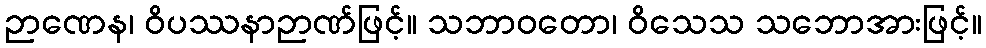
ဉာဏေန၊ ဝိပဿနာဉာဏ်ဖြင့်။ သဘာဝတော၊ ဝိသေသ သဘောအားဖြင့်။